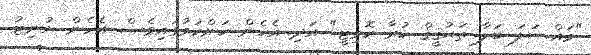
"މައްސަލަ ބަލާ ތަޙުޤީޤް ކުރާ ކޮމިޓީ" އަދި އެހެން ކަންކަމުގައިވެސް އެހެން ޔުނިޓު